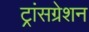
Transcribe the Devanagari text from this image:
ट्रांसग्रेशन